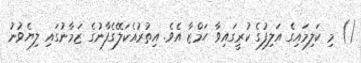
() މި ކަލިމައިގެ އަލިފުގެ ކުރީގައިވާ ހަމްޒާ އެވެ. އިތުރުއެކަލޭގެފާނުގެ ޒަމާނުގައި ލިޔެވުނު